Civil Veterinary Department Bihar reports 1940-50 - 1940-1950
Year: 1940
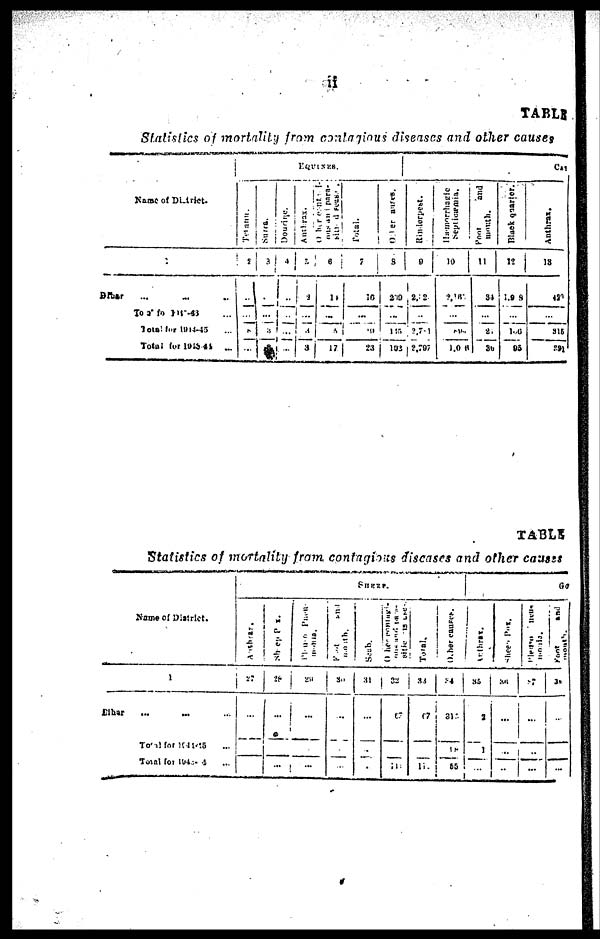
if
TABU
Statistics of mortality from contagious diseases and other causes
Name of District.
Bihar ... ... ...
Total for 1942-43 ...
Total for 1944-45 ...
Total for 1943-44 ...
EQUINES.
Tetanus.
2
...
...
...
...
Surra.
3
...
...
3
...
Dourine.
4
...
...
...
...
Anthrax.
5
2
...
3
3
Orther contagi
ous and para-
siti
diseases.
6
14
...
3
17
Total.
7
10
...
...
23
Other causes
8
269
...
145
102
CAT
Rinderpest.
9
2,2
...
2,741
2,797
Hæmorrhagic
Septicæmia.
10
2,16
...
814
1,0 6
Foot
and
mouth
11
34
...
21
30
Black quarter.
12
1.9 9
...
106
85
Anthrax.
13
420
...
315
391
TABLE
Statistics of mortality from contagious diseases and other causes
Name of District.
1
Bihar ... ... ...
Total for 1944-45 ...
Total for 1943-44 ...
SHEEP.
Anthrax.
27
...
...
Sheep Pox.
28
...
...
Pleuro
Pneu-
monia.
29
...
...
Food and
mouth.
30
...
...
Scab.
31
...
...
Other
contagi-
ous and para
sitic
diseases
32
67
111
Total.
33
67
11
Other causes.
34
315
18
55
GO
Anthrax.
35
3
1
...
Sheep Pox.
36
...
...
...
Pleuro
Pneu-
monia.
37
...
...
...
Font
and
38
...
...
...